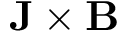
\mathbf { J } \times \mathbf { B }